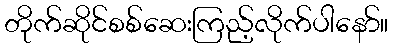
တိုက်ဆိုင်စစ်ဆေးကြည့်လိုက်ပါနော်။